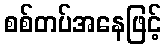
စစ်တပ်အနေဖြင့်